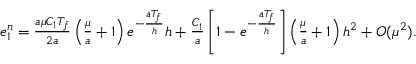
\begin{array} { r } { e _ { 1 } ^ { n } = \frac { a \mu C _ { 1 } T _ { f } } { 2 a } \left( \frac { \mu } { a } + 1 \right) e ^ { - \frac { a T _ { f } } { h } } h + \frac { C _ { 1 } } { a } \left[ 1 - e ^ { - \frac { a T _ { f } } { h } } \right] \left( \frac { \mu } { a } + 1 \right) h ^ { 2 } + O ( \mu ^ { 2 } ) . } \end{array}